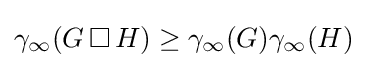
\gamma _{\infty }(G\,\Box \,H)\geq \gamma _{\infty }(G)\gamma _{\infty }(H)